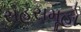
સહસમૂહો